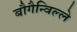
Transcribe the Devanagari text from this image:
बौगैन्विल्ले